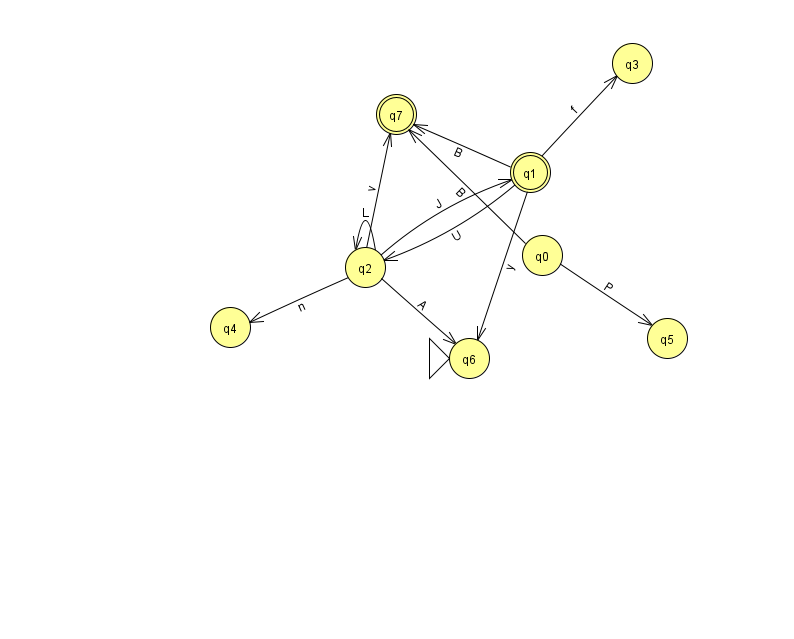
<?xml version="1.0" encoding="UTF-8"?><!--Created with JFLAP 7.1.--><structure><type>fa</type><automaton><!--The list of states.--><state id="0" name="q0"><x>542.0</x><y>242.0</y></state><state id="1" name="q1"><x>530.0</x><y>159.0</y><final/></state><state id="2" name="q2"><x>365.0</x><y>254.0</y></state><state id="3" name="q3"><x>632.0</x><y>50.0</y></state><state id="4" name="q4"><x>230.0</x><y>314.0</y></state><state id="5" name="q5"><x>667.0</x><y>325.0</y></state><state id="6" name="q6"><x>469.0</x><y>345.0</y><initial/></state><state id="7" name="q7"><x>396.0</x><y>101.0</y><final/></state><!--The list of transitions.--><transition><from>2</from><to>6</to><read>A</read></transition><transition><from>1</from><to>6</to><read>y</read></transition><transition><from>2</from><to>7</to><read>v</read></transition><transition><from>2</from><to>1</to><read>J</read></transition><transition><from>2</from><to>4</to><read>n</read></transition><transition><from>1</from><to>3</to><read>f</read></transition><transition><from>1</from><to>2</to><read>U</read></transition><transition><from>2</from><to>2</to><read>L</read></transition><transition><from>0</from><to>7</to><read>B</read></transition><transition><from>0</from><to>5</to><read>P</read></transition><transition><from>1</from><to>7</to><read>B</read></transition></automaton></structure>